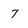
Character: 7